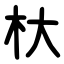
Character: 杕